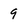
Character: 9